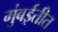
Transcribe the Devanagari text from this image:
मुंबईतीत